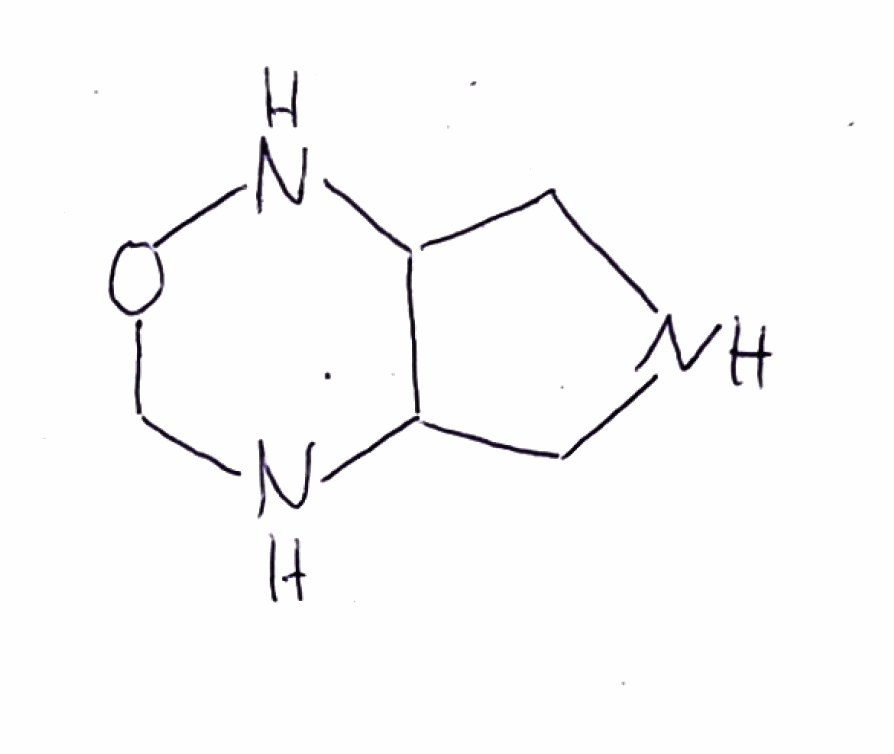
Simplified molecular-input line-entry system (SMILES) notation of the given molecule:
C1C2C(CN1)NOCN2